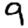
Digit: 9